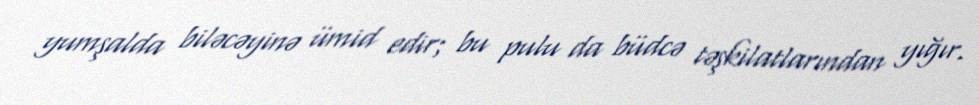
yumşalda biləcəyinə ümid edir; bu pulu da büdcə təşkilatlarından yığır.